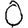
Digit: 0